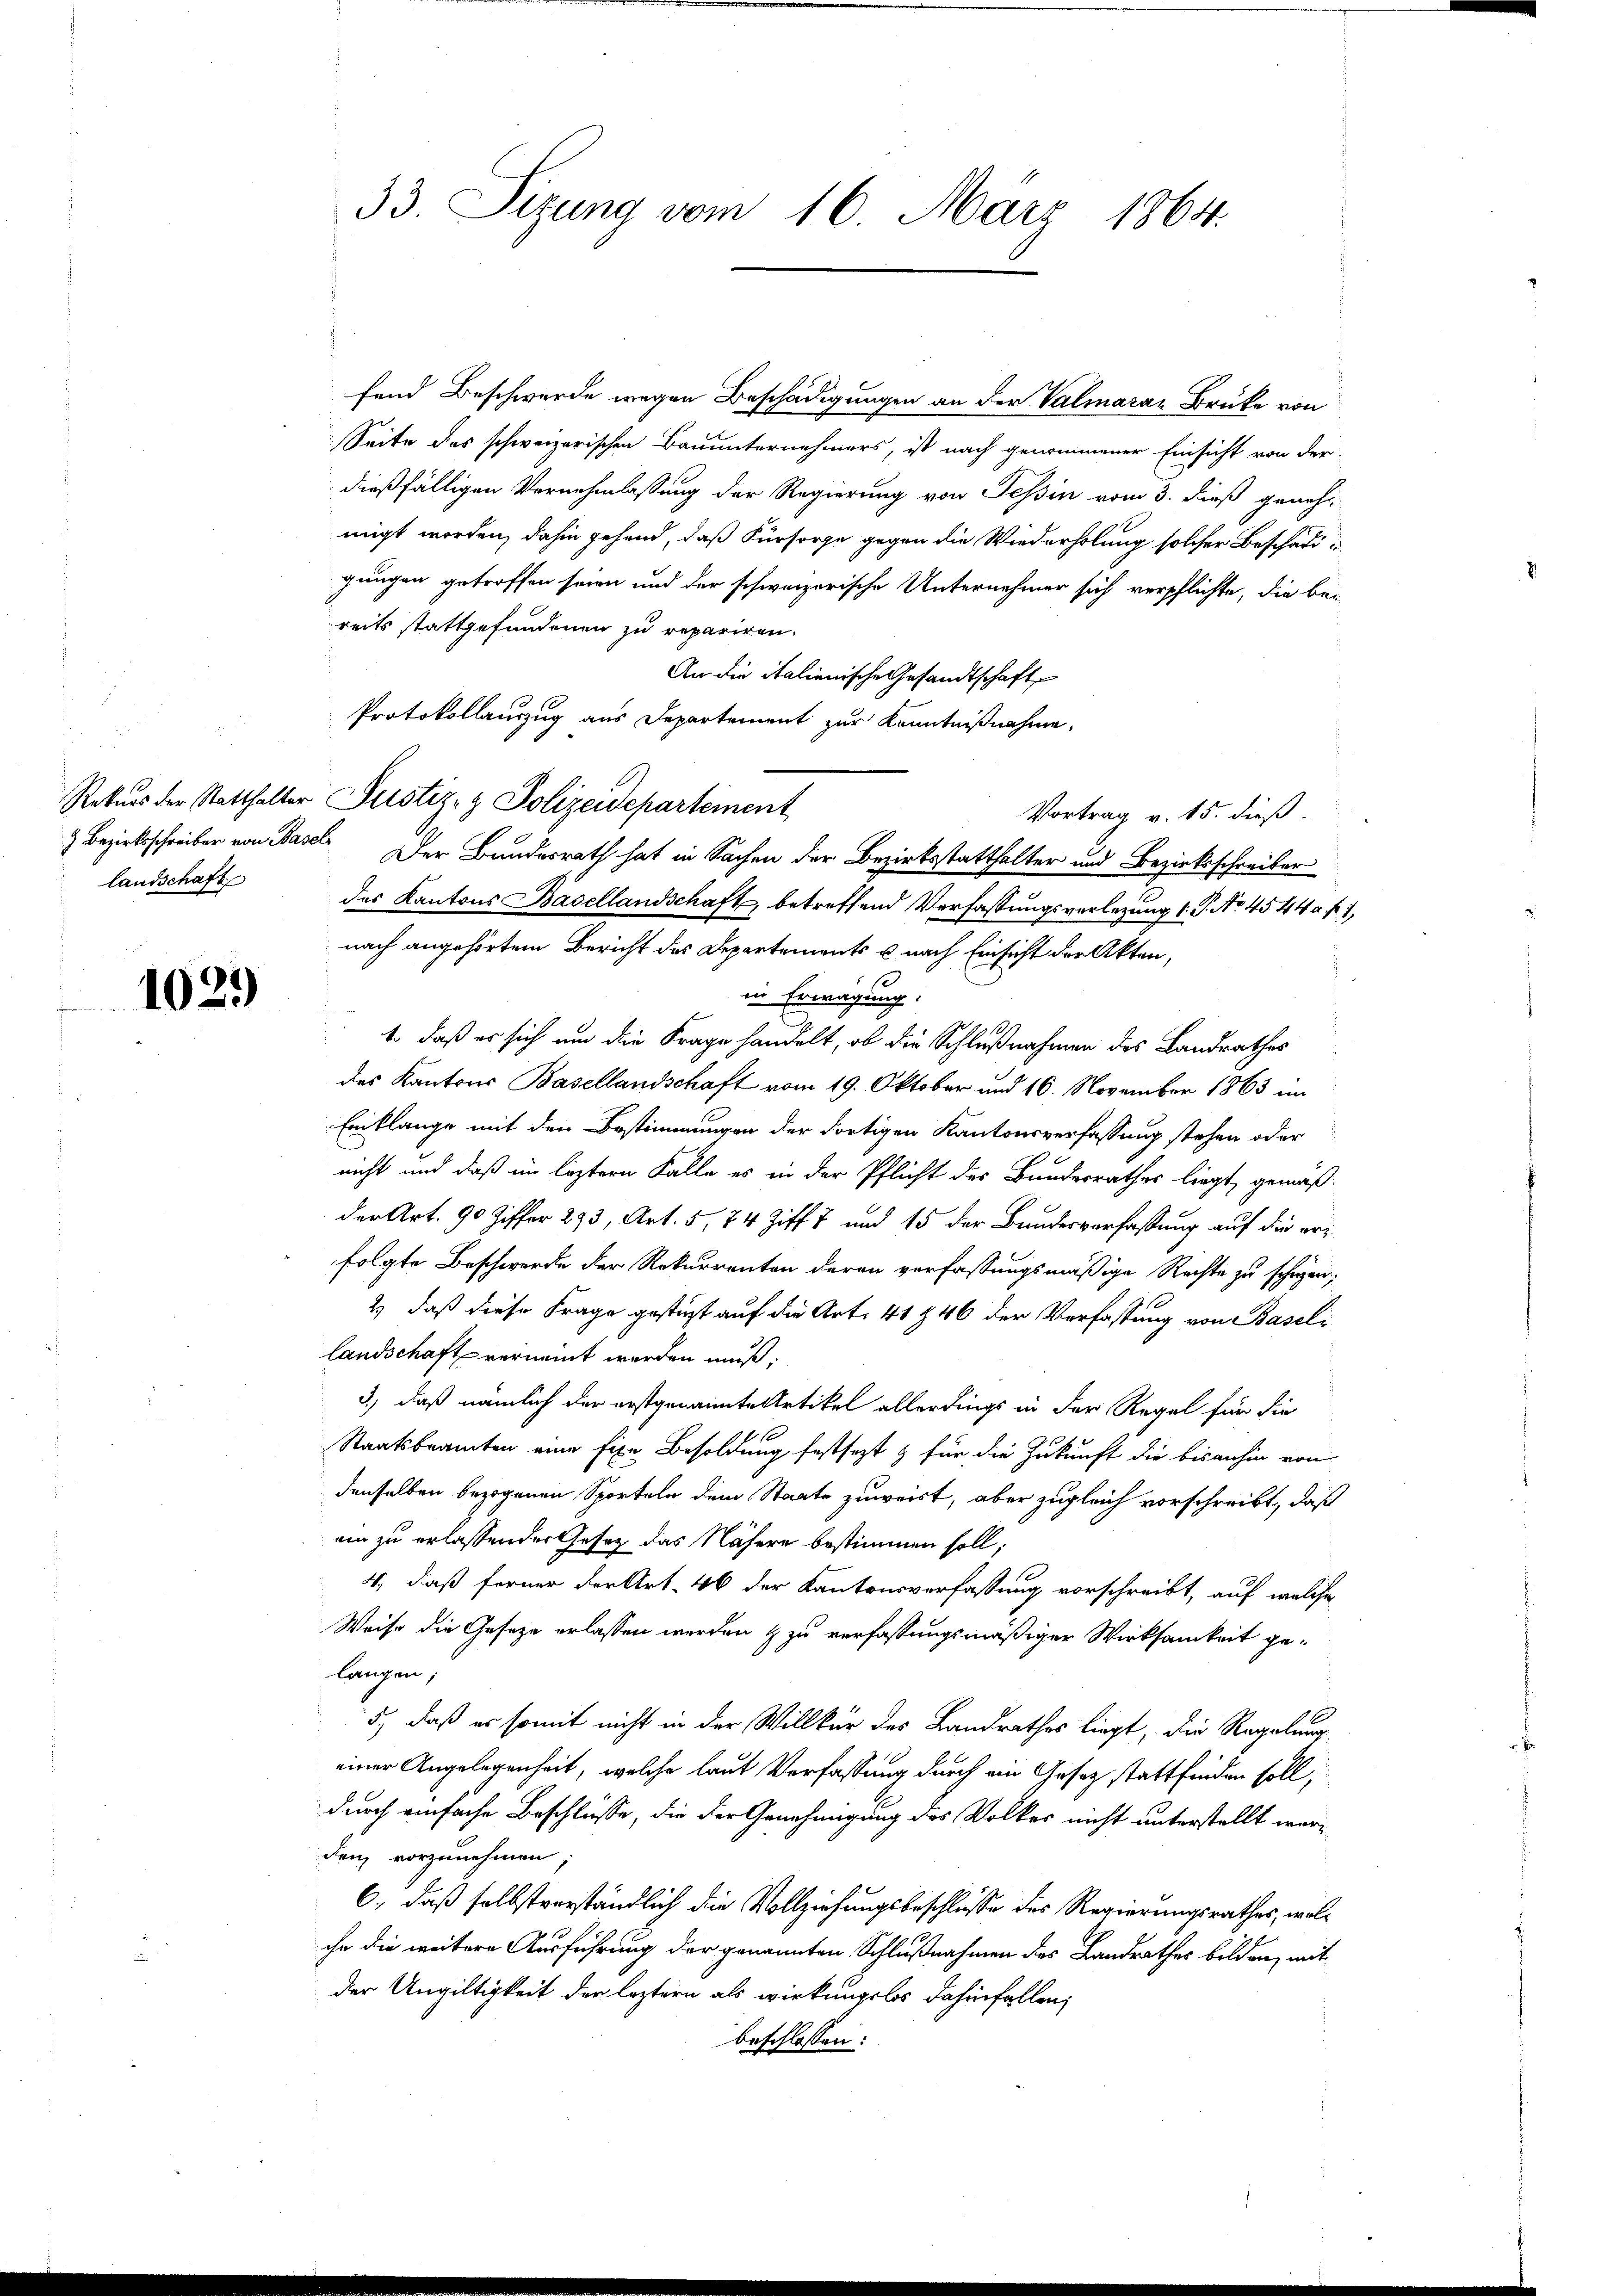
landschaft

1029

33. Sizung vom 16. März 1864.

fand Beschwerde wegen Beschädigungen an der Valmarar Brücke von
Seite des schweizerischen Bauunternehmers, ist nach genommener Einsicht von der
dießfälligen Vernehmlassung der Regierung von Tessin vom 3. dieß geneh
migt worden, dahin gehend, daß Fürsorge gegen die Wiederholung solcher Beschädigungen getroffen seien und der schweizerische Unternehmer sich verpflichte, die bei
reits stattgefundenen zu repariren.
An die italienische Gesandtschaft
Protokollauszug aus Departement zur Kenntnißnahme,
Rekurs der Statthalter Justiz- & Polizeidepartement
Vortrag v. 15. dieß.
 Bezirksschreiber von Basel. Der Bundesrath hat in Sachen der Bezirksstatthalter und Bezirksschreiber
des Kantons Basellandschaft, betreffend Verfassungsverlegung l. J. No. 4544 f. 1,
nach angehörtem Bericht des Departements u. nach Einsicht der Akten,
s
in Erwägung:
d
1., daß er sich um die Frage handelt, ob die Schlußnahmen des Landrathes
des Kantons Basellandschaft vom 19. Oktober und 16. November 1863 im
Einklange mit den Bestimmungen der dortigen Kantonsverfassung stehen oder
nicht und daß im leztern Falle es in der Pflicht des Bundesrathes liegt, gemäß
der Art. 90 Ziffer 293, Art. 5, 24 Ziff. 7 und 15 der Bundesverfassung auf die erfolgte Beschwerde der Rekurrenten deren verfassungsmäßige Rechte zu schützen;
2) daß diese Frage gestüzt auf die Art. 41 § 46 der Verfassung von Baseli
landschaft verneint worden muß;
3.) daß nämlich der erstgenannte Artikel allerdings in der Regel für die
Staatsbeamten eine fixe Besoldung festsezt & für die Zukunft die bisanhin von
denselben bezogenen Sporteln dem Staate zuweist, aber zugleich vorschreibt, daß
ein zu erlassender Gesetz das Nähere bestimmen soll;
4., daß ferner der Art. 46 der Kantonsverfassung vorschreibt, auf welche
Weise die Gesetze erlassen werden & zu verfassungsmäßiger Wirksamkeit gelangen;
5), daß es somit nicht in der Willkür des Landrathes liegt, die Regelung
einer Angelegenheit, welche laut Verfassung durch ein Gesetz stattfinden soll,
durch einfache Beschlüsse, die der Genehmigung des Volkes nicht unterstellt werdenz vorzunehmen;
6., daß selbstverständlich die Vollziehungsbeschlusse des Regierungsrathes, welihr die weitere Ausführung der genannten Schlußnahmen des Landrathes bilden, mit
der Ungültigkeit der leztern als wirkungslos dahinfallen;
beschlossen: